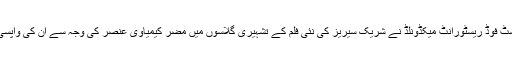
مشہور امریکی فاسٹ فوڈ ریسٹورانٹ میکڈونلڈ نے شریَک سیریز کی نئی فلم کے تشہیری گلاسوں میں مضر کیمیاوی عنصر کی وجہ سے ان کی واپسی کا اعلان کیا ہے۔